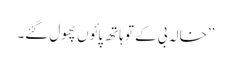
’’خالہ بی کے تو ہاتھ پائوں پھول گئے۔